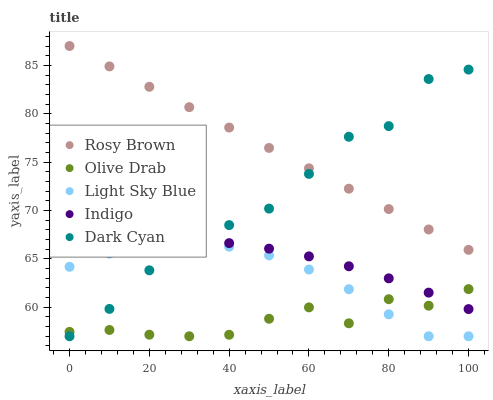
| xaxis_label | Rosy Brown | Olive Drab | Light Sky Blue | Indigo | Dark Cyan |
 | --- | --- | --- | --- | --- | --- |
 | 0 | 87 | 57.5 | 64.2 | 66.7 | 57 |
 | 10 | 84.9 | 57.6 | 65.5 | 67 | 59.8 |
 | 20 | 82.8 | 57.2 | 66.3 | 67.1 | 63.8 |
 | 30 | 80.7 | 57 | 66.6 | 67 | 66.7 |
 | 40 | 78.6 | 57.2 | 66.3 | 66.6 | 68.5 |
 | 50 | 76.5 | 58.8 | 65.4 | 66.1 | 70.2 |
 | 60 | 74.4 | 60 | 63.9 | 65.3 | 73.8 |
 | 70 | 72.3 | 58.3 | 61.9 | 64.2 | 77.6 |
 | 80 | 70.1 | 60.8 | 59.3 | 63 | 78.7 |
 | 90 | 68 | 60.2 | 57 | 61.5 | 83.6 |
 | 100 | 65.9 | 61.9 | 57 | 59.8 | 84.6 |